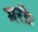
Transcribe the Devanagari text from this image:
मरी।